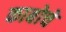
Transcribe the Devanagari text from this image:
काबोचे